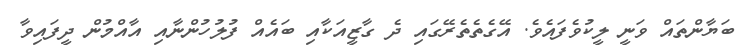
ބަޔާންތައް ވަނީ ލީކުވެފައެވެ. އޭގެތެތެރޭގައި ދެ ގާޒީއަކާއި ބައެއް ފުލުހުންނާއި އާއްމުން ދީފައިވާ